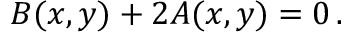
B ( x , y ) + 2 A ( x , y ) = 0 \, .